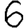
Digit: 6